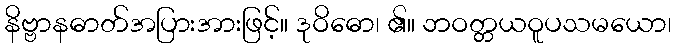
နိဗ္ဗာနဓာတ်အပြားအားဖြင့်။ ဒုဝိဓော၊ ၏။ ဘဝတ္တယဝူပသမယော၊